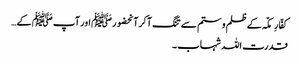
کفّارِمکّہ کے ظلم و ستم سے تنگ آکرآنحضورﷺ اور آپ ﷺ کے…
قدرت اللہ شہاب ۔